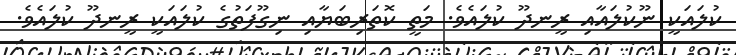
ކުލައަކީ ނޫކުލައާއި ރީނދޫ ކުލައެވެ. މަތީ ކޮތަރިބަޔާއި ނިގޫފަތުގެ ކުލައަކީ ރީނދޫ ކުލައެވެ.